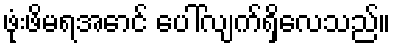
ဖုံးဖိမရအောင် ပေါ်လျက်ရှိလေသည်။